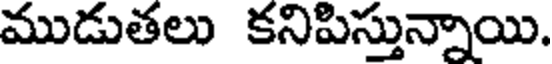
ముడుతలు కనిపిస్తున్నాయి.